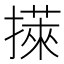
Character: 𢵭